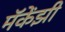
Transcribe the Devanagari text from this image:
मॅकेंझी